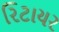
રિટાયર